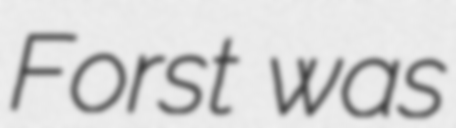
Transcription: Forst was